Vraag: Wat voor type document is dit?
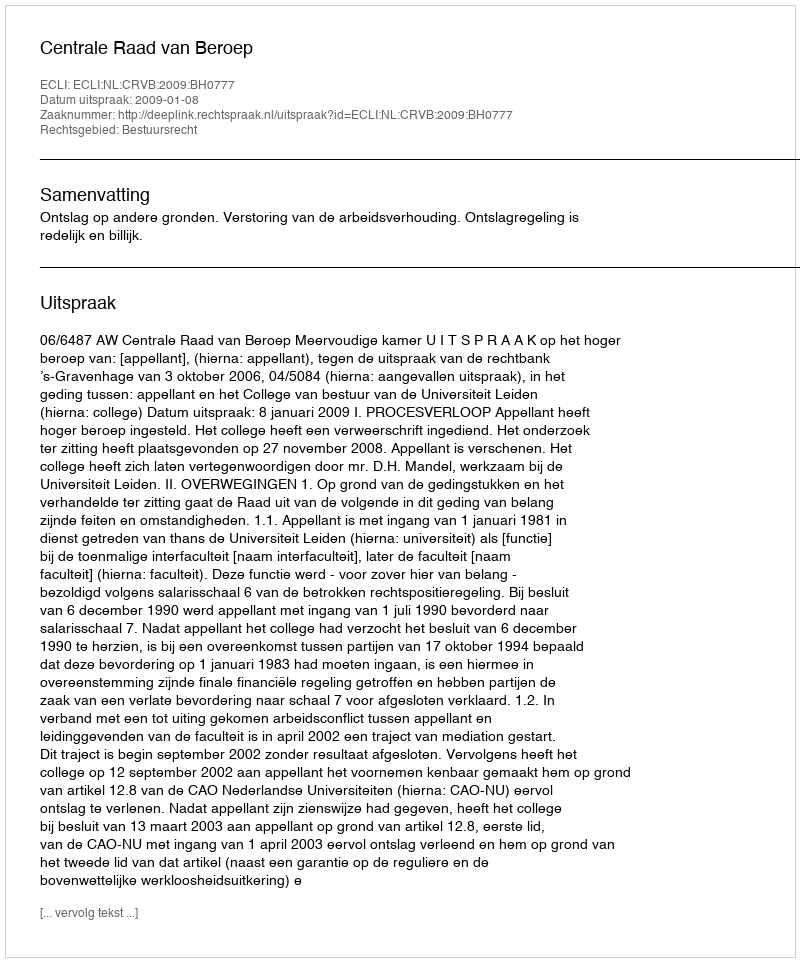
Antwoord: Uitspraak